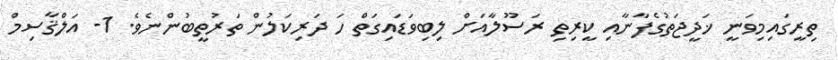
ތިރީގައިމިވަނީ ޚަދީޖަތުގެފާނާއި ކީރިތި ރަސޫލާއަށް ލިބިވަޑައިގަތް ހަ ދަރިކަލުން ތަރުތީބުންނެވެ. 1- އަލްޤާސިމް